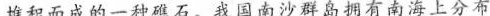
堆积而成的一种礁石。我国南沙群岛拥有南海上分布